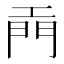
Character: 𫔙